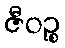
ဇီဝဉ္စ